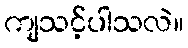
ကျသင့်ပါသလဲ။